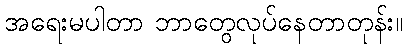
အရေးမပါတာ ဘာတွေလုပ်နေတာတုန်း။